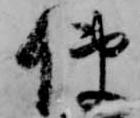
使